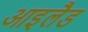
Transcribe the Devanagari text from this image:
आइलैड